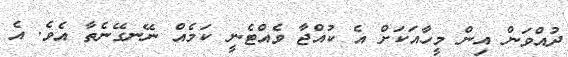
ދުއްވަން އިން މީހާއަކަށް އެ ކުއްޖާ ވެއްޓެނީ ކަމެއް ނޭނގޭނެތާ އެވެ. އެ